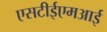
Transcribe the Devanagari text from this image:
एसटीईएमआई